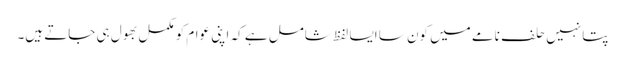
پتا نہیں حلف نامے میں کون سا ایسا لفظ شامل ہے کہ اپنی عوام کو مکمل بھول ہی جاتے ہیں۔